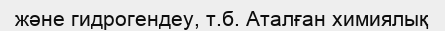
және гидрогендеу, т.б. Аталған химиялық